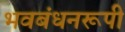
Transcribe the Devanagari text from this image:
भवबंधनरूपी